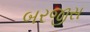
બરજીસ